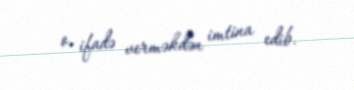
o, ifadə verməkdən imtina edib.